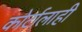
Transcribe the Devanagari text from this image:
कोर्टालाही